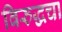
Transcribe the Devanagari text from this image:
विरुद्धचा